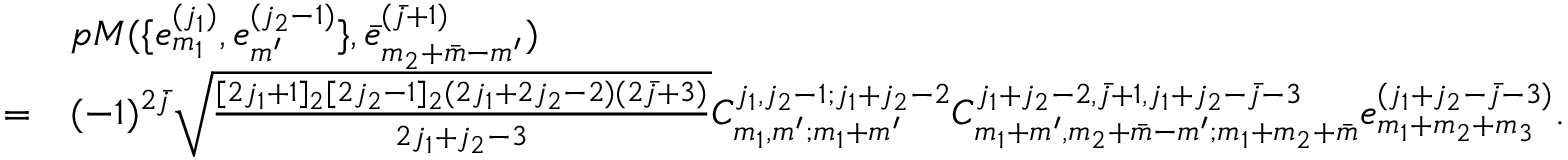
\begin{array} { r l } & { p M ( \{ e _ { m _ { 1 } } ^ { ( j _ { 1 } ) } , e _ { m ^ { \prime } } ^ { ( j _ { 2 } - 1 ) } \} , \bar { e } _ { m _ { 2 } + \bar { m } - m ^ { \prime } } ^ { ( \bar { j } + 1 ) } ) } \\ { = } & { ( - 1 ) ^ { 2 \bar { j } } \sqrt { \frac { [ 2 j _ { 1 } + 1 ] _ { 2 } [ 2 j _ { 2 } - 1 ] _ { 2 } ( 2 j _ { 1 } + 2 j _ { 2 } - 2 ) ( 2 \bar { j } + 3 ) } { 2 j _ { 1 } + j _ { 2 } - 3 } } C _ { m _ { 1 } , m ^ { \prime } ; m _ { 1 } + m ^ { \prime } } ^ { j _ { 1 } , j _ { 2 } - 1 ; j _ { 1 } + j _ { 2 } - 2 } C _ { m _ { 1 } + m ^ { \prime } , m _ { 2 } + \bar { m } - m ^ { \prime } ; m _ { 1 } + m _ { 2 } + \bar { m } } ^ { j _ { 1 } + j _ { 2 } - 2 , \bar { j } + 1 , j _ { 1 } + j _ { 2 } - \bar { j } - 3 } e _ { m _ { 1 } + m _ { 2 } + m _ { 3 } } ^ { ( j _ { 1 } + j _ { 2 } - \bar { j } - 3 ) } . } \end{array}